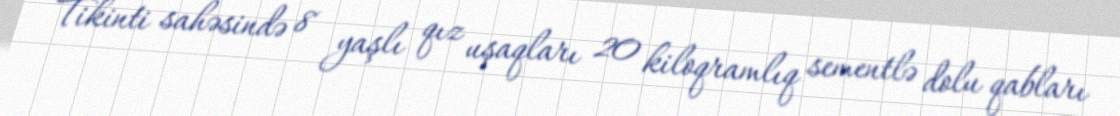
Tikinti sahəsində 8 yaşlı qız uşaqları 20 kiloqramlıq sementlə dolu qabları